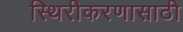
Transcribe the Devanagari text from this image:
स्थिरीकरणासाठी